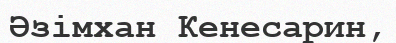
Әзімхан Кенесарин,